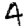
Digit: 4